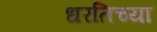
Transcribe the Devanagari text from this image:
धरतिच्या